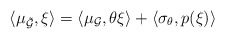
\begin{align*}\langle \mu_{\tilde{\mathcal{G}}},\xi\rangle=\langle\mu_{\mathcal{G}},\theta\xi\rangle +\langle\sigma_{\theta},p(\xi)\rangle\end{align*}